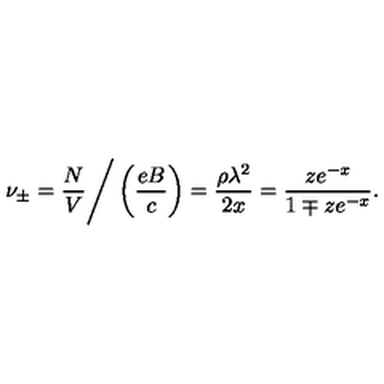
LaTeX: \nu _ { \pm } = { \frac { N } { V } } \Bigg / \left( { \frac { e B } { c } } \right) = { \frac { \rho \lambda ^ { 2 } } { 2 x } } = { \frac { z e ^ { - x } } { 1 \mp z e ^ { - x } } } .